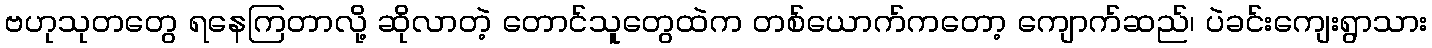
ဗဟုသုတတွေ ရနေကြတာလို့ ဆိုလာတဲ့ တောင်သူတွေထဲက တစ်ယောက်ကတော့ ကျောက်ဆည်၊ ပဲခင်းကျေးရွာသား